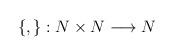
LaTeX: \begin{align*}\left\{,\right\}:N\times N\longrightarrow N\end{align*}